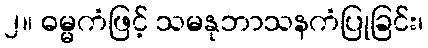
၂။ ဓမ္မကံဖြင့် သမနုဘာသနကံပြုခြင်း၊